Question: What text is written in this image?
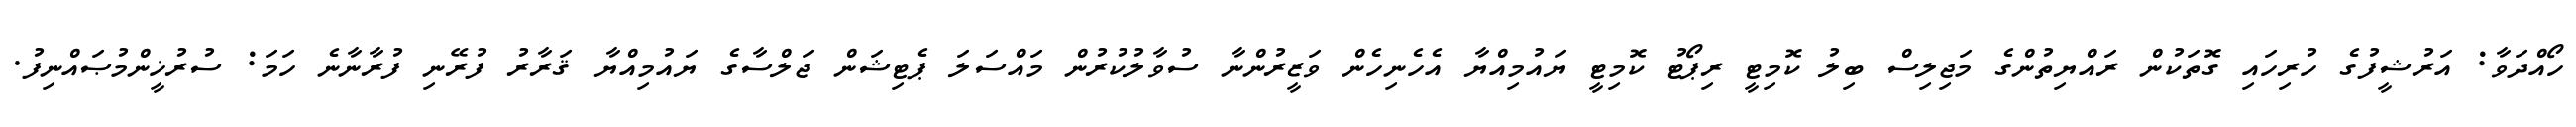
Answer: ހޯއްދަވާ: އަރުޝީފުގެ ހުރިހައި ގޮތަކުން ރައްޔިތުންގެ މަޖިލިސް ބިލު ކޮމިޓީ ރިޕޯޓު ކޮމިޓީ ޔައުމިއްޔާ އެހެނިހެން ވަޒީރުންނާ ސުވާލުކުރުން މައްސަލަ ޕެޓިޝަން ޖަލްސާގެ ޔައުމިއްޔާ ޤަރާރު ފުރޭނި ފުރާނާނެ ހަމަ: ސުރުޚީންމުޞައްނިފު.